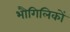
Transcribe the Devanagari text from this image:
भौगिलिकों